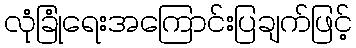
လုံခြုံရေးအကြောင်းပြချက်ဖြင့်